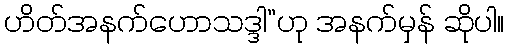
ဟိတ်အနက်ဟောသဒ္ဒါ”ဟု အနက်မှန် ဆိုပါ။